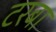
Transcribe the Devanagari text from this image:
टरबा